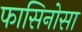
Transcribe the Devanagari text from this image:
फासिनोसा